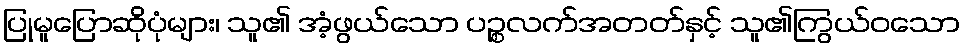
ပြုမူပြောဆိုပုံများ၊ သူ၏ အံ့ဖွယ်သော ပဉ္စလက်အတတ်နှင့် သူ၏ကြွယ်ဝသော